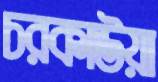
চরকাউয়া